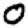
Digit: 0